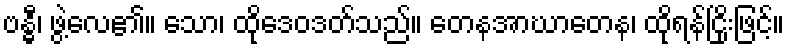
ဗန္ဓီ၊ ဖွဲ့လေ၏။ သော၊ ထိုဒေဝဒတ်သည်။ တေနအာဃာတေန၊ ထိုရန်ငြိုးဖြင့်။